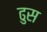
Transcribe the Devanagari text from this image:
ढुस